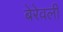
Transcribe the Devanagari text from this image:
बेरेवली